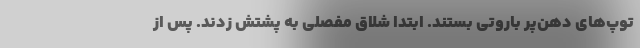
توپ‌های دهن‌پر باروتی بستند. ابتدا شلاق مفصلی به پشتش زدند. پس از